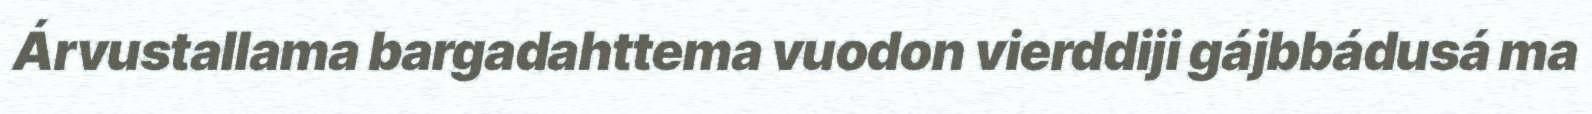
Árvustallama bargadahttema vuodon vierddiji gájbbádusá ma